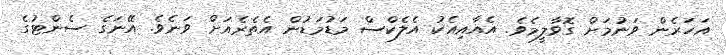
އަހަރެން ވަނުމަށް ގޮވާލީމެވެ. އެއާއިއެކު އެލެކްސް މަޑުމަޑުން އެތެރެއަށް ވަނެވެ. އޭނަގެ ސެންޓުގެ